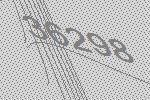
36298